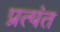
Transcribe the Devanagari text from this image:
प्रत्‍यंत